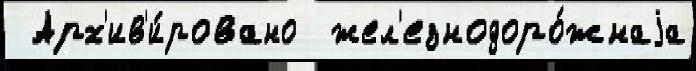
 Арх'ив'и́ровано  жел'езнодоро́жнаjа